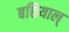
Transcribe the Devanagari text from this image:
बछियाल्